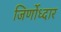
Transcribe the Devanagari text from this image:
जिर्णोध्दार